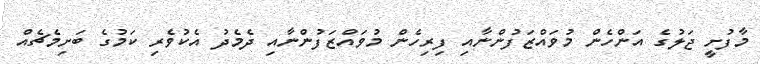
މާފުށީ ޖަލުގެ އަންހެން މުވައްޒަފުންނާއި ފިރިހެން މުވައްޒަފުންނާއި ދެމެދު އެކުވެރި ކަމުގެ ބަށިމެޗެއް